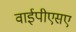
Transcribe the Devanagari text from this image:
वाईपीएसए